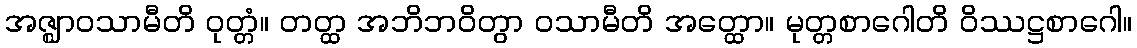
အဇ္ဈာဝသာမီတိ ဝုတ္တံ။ တတ္ထ အဘိဘဝိတွာ ဝသာမီတိ အတ္ထော။ မုတ္တစာဂေါတိ ဝိဿဋ္ဌစာဂေါ။